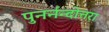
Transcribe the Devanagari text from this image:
पुनर्नन्दोत्तरा